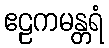
ဧဠကမန္တရံ